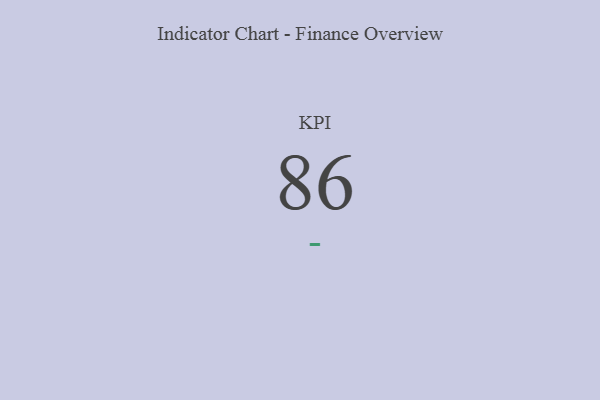
{"axis": {"x": "KPI", "y": "Value"}, "legend": [""], "data": [{"x": "KPI", "y": 86, "type": ""}]}